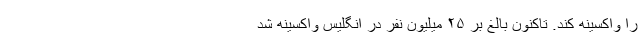
را واکسینه کند. تاکنون بالغ بر ۲۵ میلیون نفر در انگلیس واکسینه شد